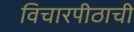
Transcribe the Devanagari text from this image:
विचारपीठाची